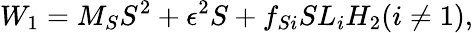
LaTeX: W_{1}=M_{S}S^{2}+\epsilon^{2}S+f_{Si}SL_{i}H_{2}(i\neq 1),